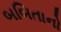
બબિતાનો